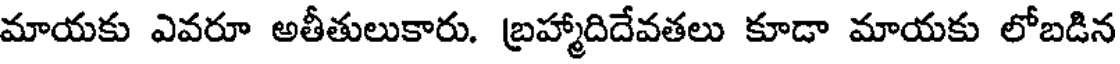
మాయకు ఎవరూ అతీతులుకారు. బ్రహ్మాదిదేవతలు కూడా మాయకు లోబడిన